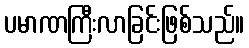
ပမာဏကြီးလာခြင်းဖြစ်သည်။